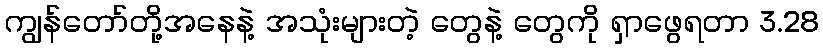
ကျွန်တော်တို့အနေနဲ့ အသုံးများတဲ့ တွေနဲ့ တွေကို ရှာဖွေရတာ 3.28